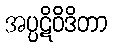
အပ္ပဋိဝိဒိတာ